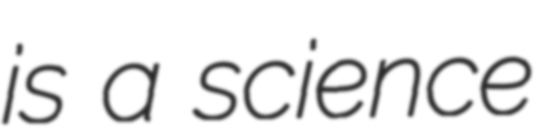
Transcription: is a science